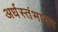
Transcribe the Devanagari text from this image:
अर्धस्तंभावर